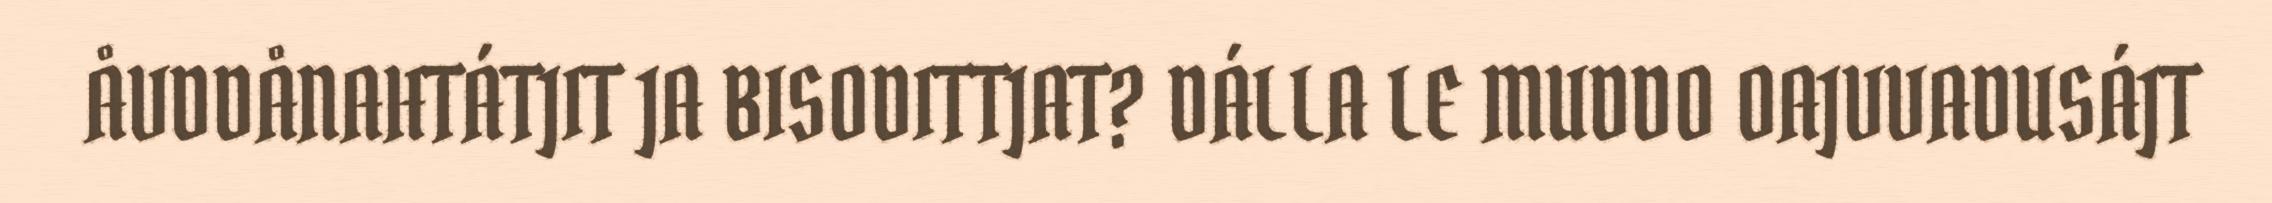
ÅVDDÅNAHTÁTJIT JA BISODITTJAT? DÁLLA LE MUDDO OAJVVADUSÁJT